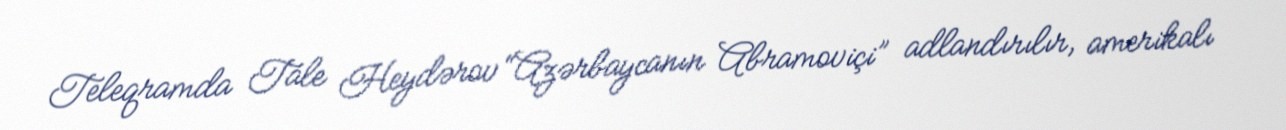
Teleqramda Tale Heydərov “Azərbaycanın Abramoviçi” adlandırılır, amerikalı